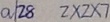
a / 2 8 2 \times 2 \times 2 \times 7